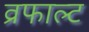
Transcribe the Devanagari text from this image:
व्रफाल्ट